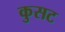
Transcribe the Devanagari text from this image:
कुसट